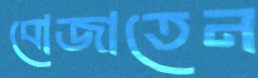
বোজাতেন